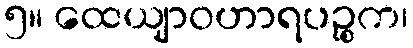
၅။ ထေယျာဝဟာရပဉ္စက၊